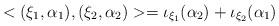
LaTeX: \begin{align*}<(\xi_1, \alpha_1),(\xi_2, \alpha_2)>=\iota_{\xi_1}( \alpha_2 )+\iota_{\xi_2}( \alpha_1 )\end{align*}